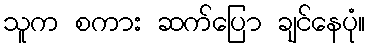
သူက စကား ဆက်ပြော ချင်နေပုံ။